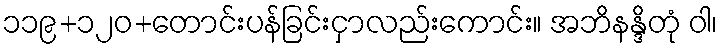
၁၁၉+၁၂၀+တောင်းပန်ခြင်းငှာလည်းကောင်း။ အဘိနန္ဒိတုံ ဝါ၊